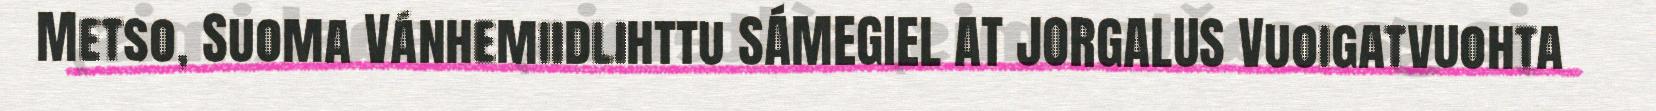
Metso, Suoma Vánhemiidlihttu SÁMEGIEL AT JORGALUS Vuoigatvuohta